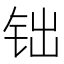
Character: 𨱄